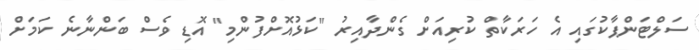
ސަލްޓަންޕާކުގައި އެ ހަރަކާތް ކުރިއަށް ގެންދާއިރު "ކަޅުއޮށްފުންމި" އޮޑި ވެސް ބަންނާނެ ކަމަށް